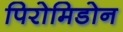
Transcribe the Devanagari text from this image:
पिरोमिडोन